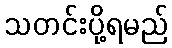
သတင်းပို့ရမည်